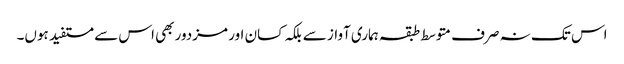
اس تک نہ صرف متوسط طبقہ ہماری آواز سے بلکہ کسان اور مزدور بھی اس سے مستفید ہوں۔